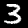
Label: 3